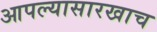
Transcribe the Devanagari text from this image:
आपल्यासारखाच